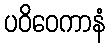
ပဝိဝေကာနံ